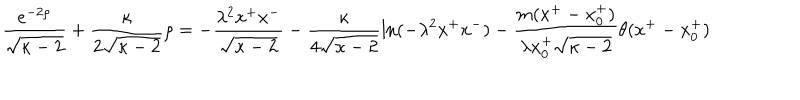
LaTeX: \frac { e ^ { - 2 \rho } } { \sqrt { \kappa - 2 } } + \frac { \kappa } { 2 \sqrt { \kappa - 2 } } \rho = - \frac { \lambda ^ { 2 } x ^ { + } x ^ { - } } { \sqrt { \kappa - 2 } } - \frac { \kappa } { 4 \sqrt { \kappa - 2 } } \ln ( - \lambda ^ { 2 } x ^ { + } x ^ { - } ) - \frac { m ( x ^ { + } - x _ { 0 } ^ { + } ) } { \lambda x _ { 0 } ^ { + } \sqrt { \kappa - 2 } } \theta ( x ^ { + } - x _ { 0 } ^ { + } )